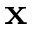
{ \bf x }